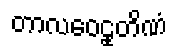
တာလဝေဠုတိဏံ